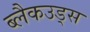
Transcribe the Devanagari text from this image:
ब्लैकउड्स